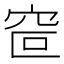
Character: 𰩆